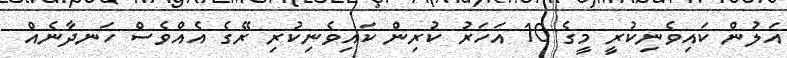
އަލުން ކައިވެނިކުރީ މީގެ 10 އަހަރު ކުރިން ކައިވެނިކުރި ރޭގެ އެއްވެސް ހަނދާނެއް